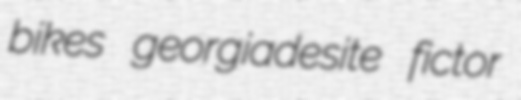
bikes georgiadesite fictor